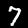
Label: 7